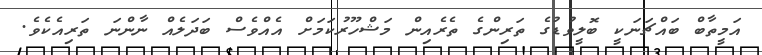
އަމީތާބް ބައްޗަނަކީ ބޮލީވުޑުގެ ތަރިންގެ ތެރެއިން މަޝްހޫރުކަމަށް އެއްވެސް ބަދަލެއް ނާންނަ ތަރިއެކެވެ.